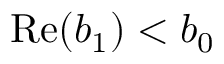
\mathrm { R e } ( b _ { 1 } ) < b _ { 0 }